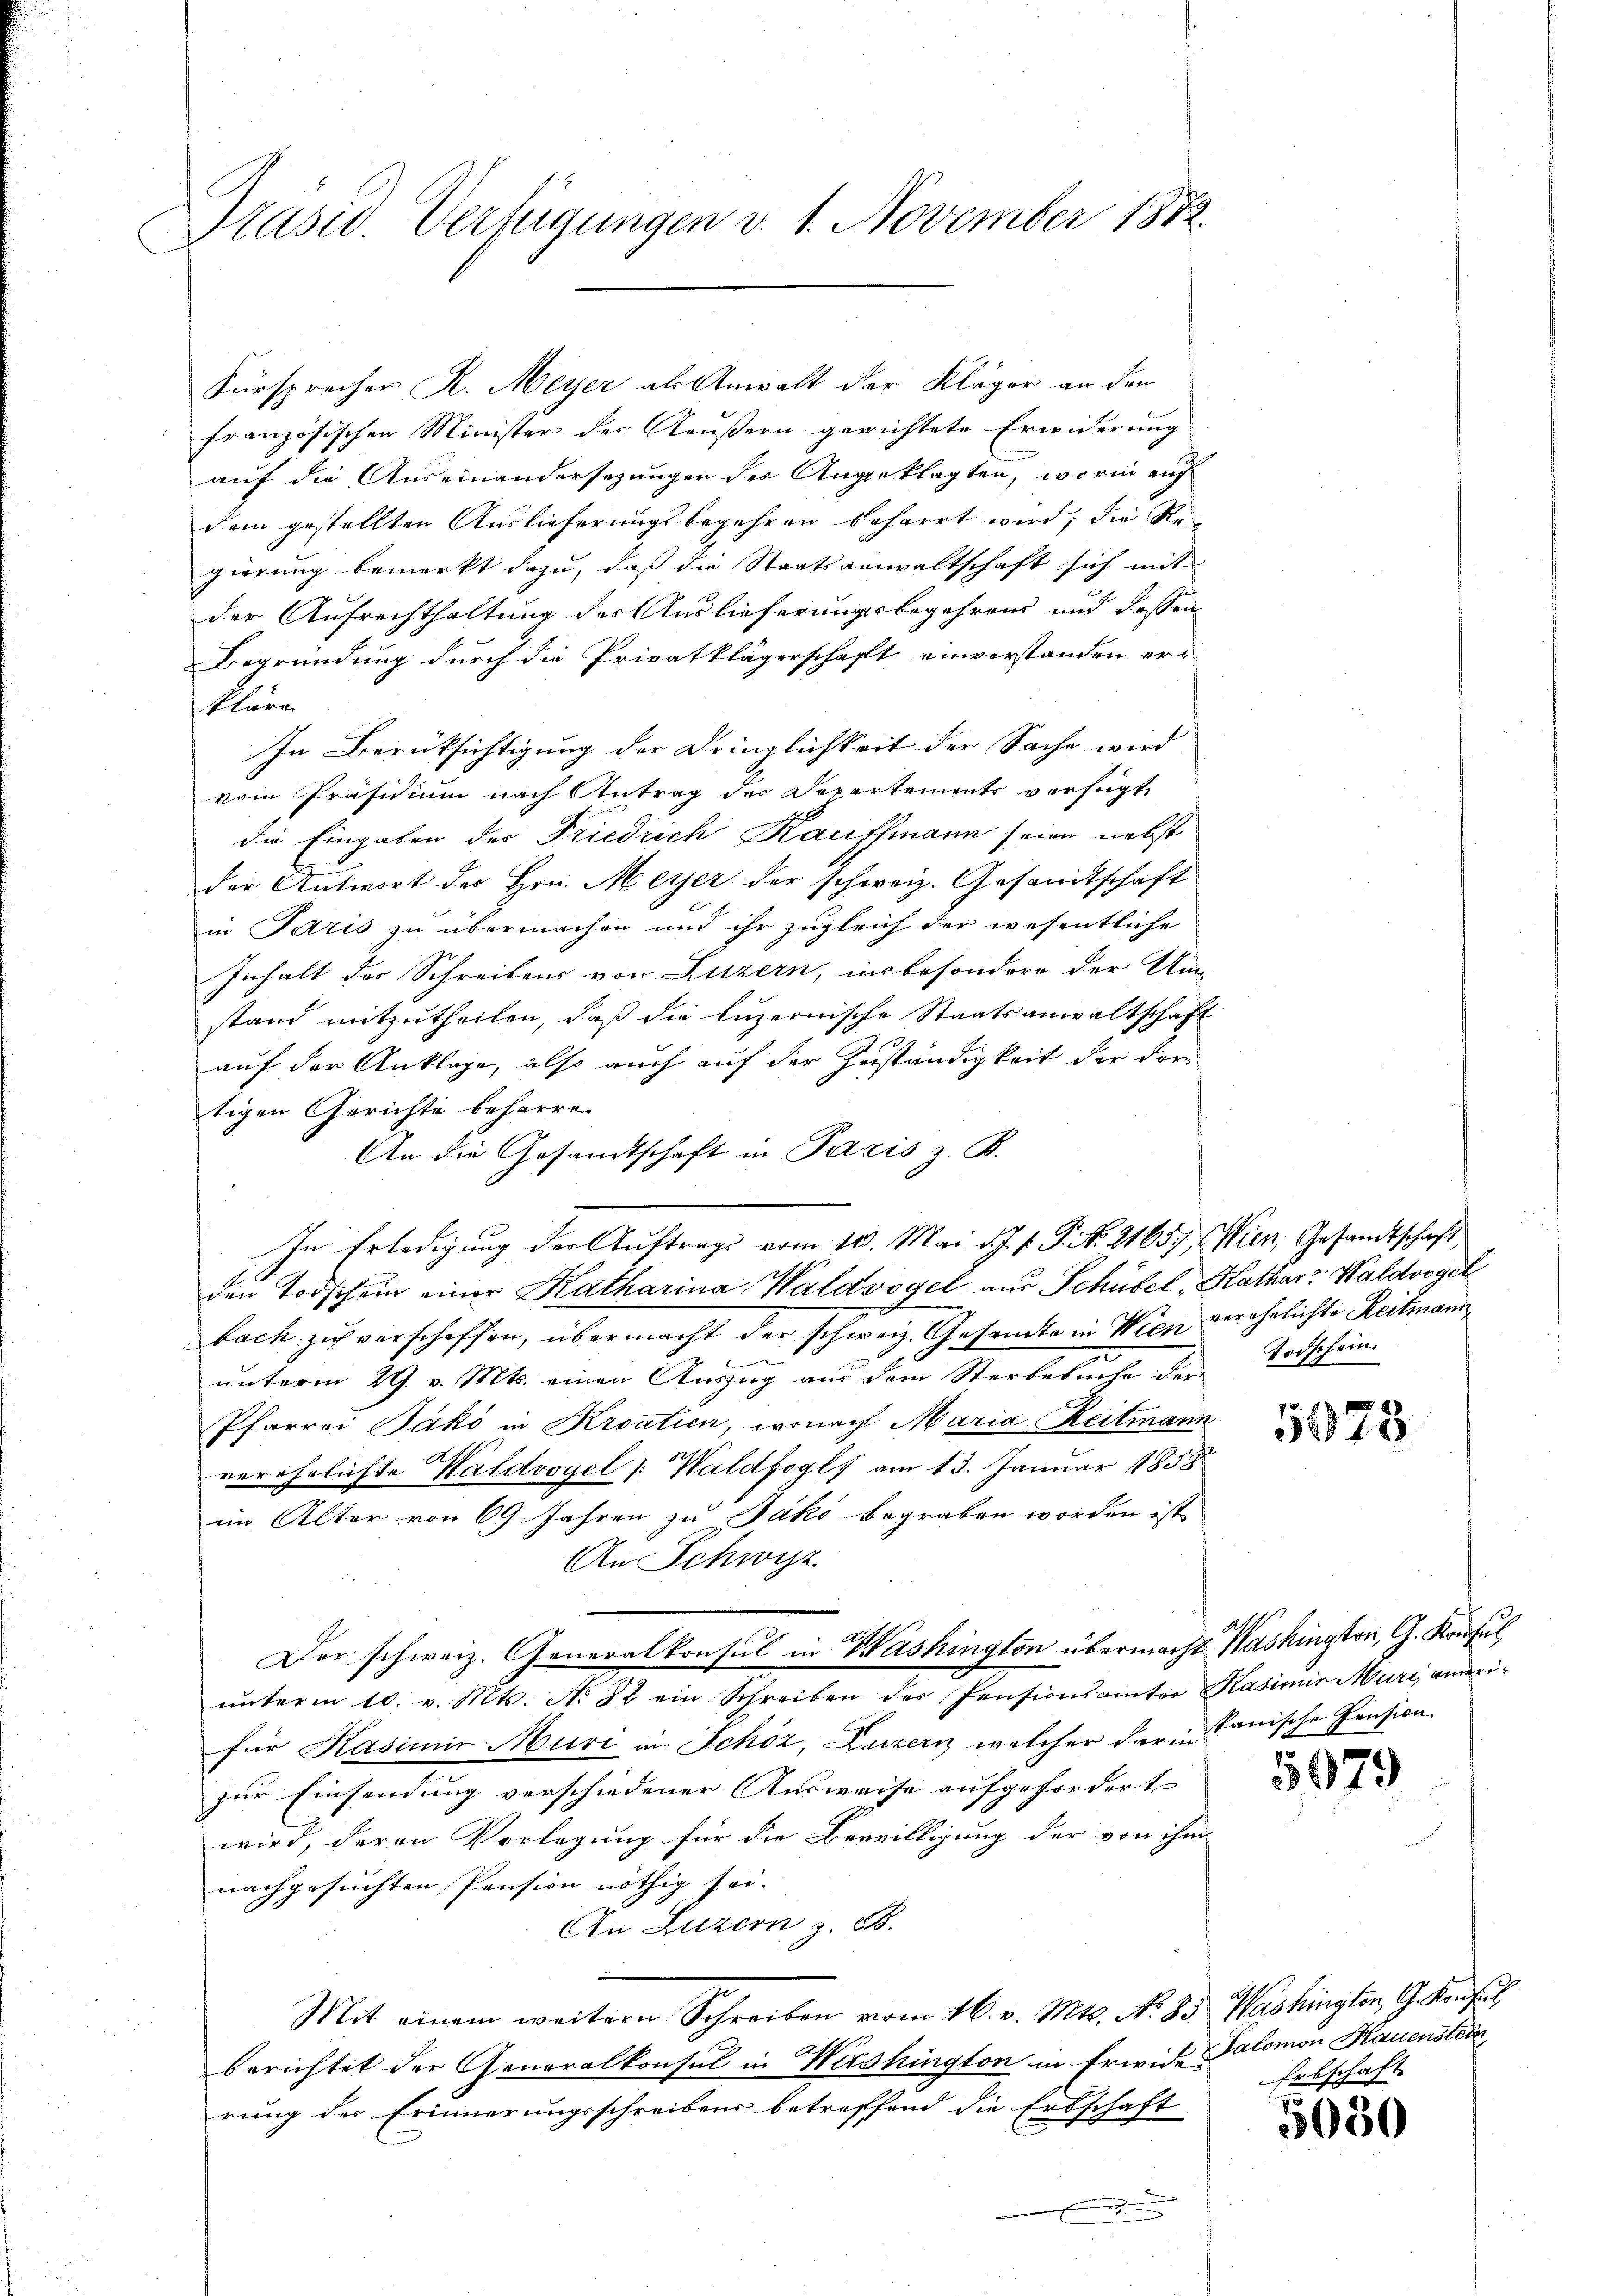
Präsid.. Verfügungen v. 1. November 1882

französischen Minister der Aeußern gerichtete Erwiderung
auf die Auseinandersezungen des Angeklagten, worin auf
dem gestellten Auslieferungsbegehren beharrt wird; die Regierung bemerkt dazu, daß die Staatsanwaltschaft sich mit
der Aufrechthaltung des Auslieferungsbegehrens und dessen
Begründung durch die Privatklägerschaft einverstanden er-
kläre
In Berücksichtigung der Dringlichkeit der Sache wird
vom Präsidium nach Antrag der Departements verfügt,
die Eingaben der Friedrich Kauffmann seien nebst
der Antwort der Hrn. Meyer der schweiz. Gesandtschaft
in Paris zu übermachen und ihr zugleich der wesentliche
Inhalt der Schreibens von Luzern, insbesondere der Um-
stand mitzutheilen, daß die luzernische Staatsanwaltschaft
auf der Anklage, also auch auf der Zuständigkeit der dortigen Gerichte beharre.
An die Gesandtschaft in Paris z. B.
den Todschein einer Katharina Waldvogel aus Schübel, Kathar. Waldvogel
bach zu verschaffen, übermacht der schweiz. Gesandte in Wien verehrlichte Reitmann
unterm 29. v. Mts. einen Auszug aus dem Sterbebuche der Totschein-
Pfarrei Jako in Kroatien, wonach Maria Reitmann
verehrlichte Waldvogel ( Waldfogls am 13. Januar 1858
im Alter von 69 Jahren zu Jako begraben worden ist
An Schwyz
Der schweiz. Generalkonsul in Washington übermacht. Washington, G. Konsul,
ŭnterm 10. v. Mts. No 82 ein Schreiben der Pensionsämter Kasimir Muri, amerifür Kasimir Muri in Schöz, Luzern, welcher darin kanische Pension.
zur Einsendung verschiedener Ausweise aufgefordert
wird, deren Vorlegung für die Bewilligung der von ihm
nachgesuchten Pension nöthig sei.
An Luzern z. B.
Mit einem weitern Schreiben vom 16. v. Mts. No. 85. Washingten G. Konsul
berichtet der Generalkonsul in Washington in Erwide-
rung der Erinnerungsschreibens betreffend die Erbschaft
.

Fürsprecher R. Meyer als Anwalt der Kläger an den

In Erledigung der Auftrags vom 10. Mai d. J. J. P. N. 2165, Wien, Gesandtschaft

75.
3073

5979

Salomon Hauenstein
Erbschaft.

3050